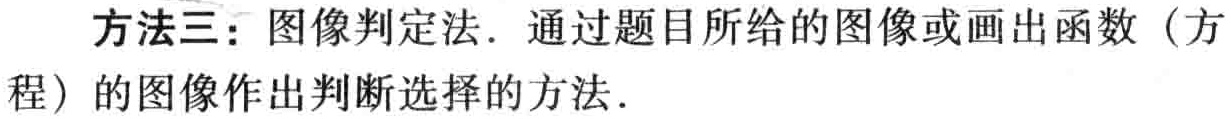
方法三：图像判定法．通过题目所给的图像或画出函数（方程）的图像作出判断选择的方法．